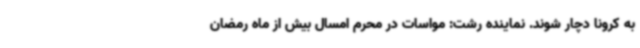
به کرونا دچار شوند. نماینده رشت: مواسات در محرم امسال بیش از ماه رمضان